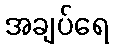
အချပ်ရေ